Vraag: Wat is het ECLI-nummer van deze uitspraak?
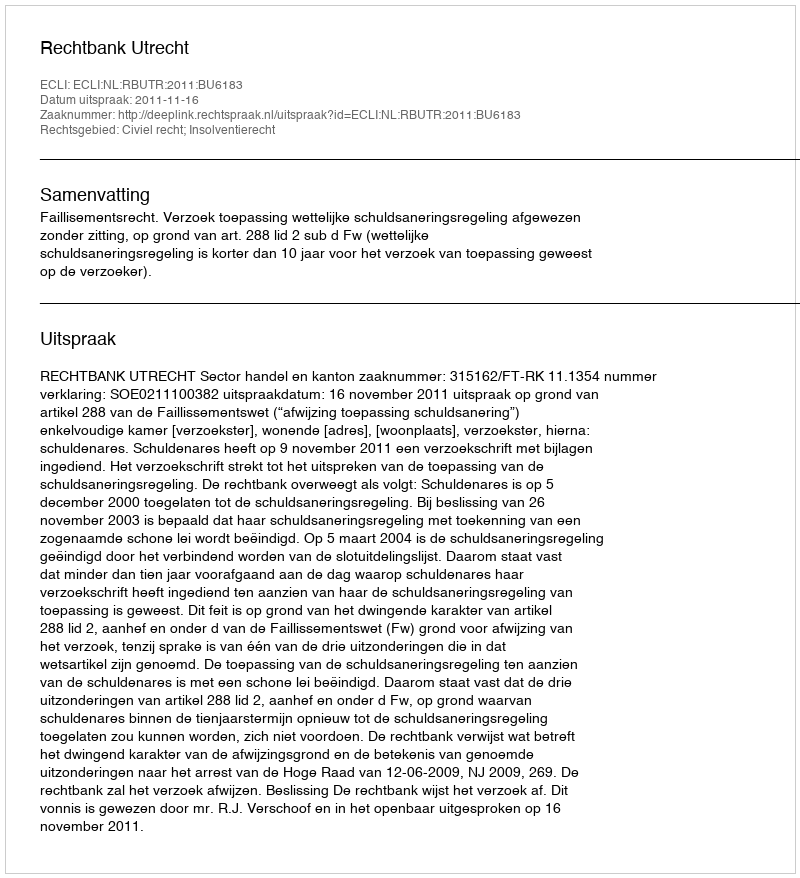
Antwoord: ECLI:NL:RBUTR:2011:BU6183